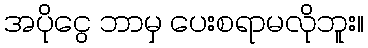
အပိုငွေ ဘာမှ ပေးစရာမလိုဘူး။